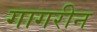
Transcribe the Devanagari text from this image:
गागरीन